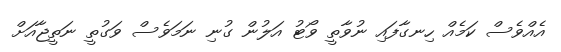
އެއްވެސް ކަމެއް ހިނގާފައި ނުވާތީ ވޯޓު އަލުން ގުނި ނަމަވެސް ވަގުތީ ނަތީޖާއަށް